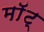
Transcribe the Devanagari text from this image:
माॅट्